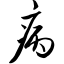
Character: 病